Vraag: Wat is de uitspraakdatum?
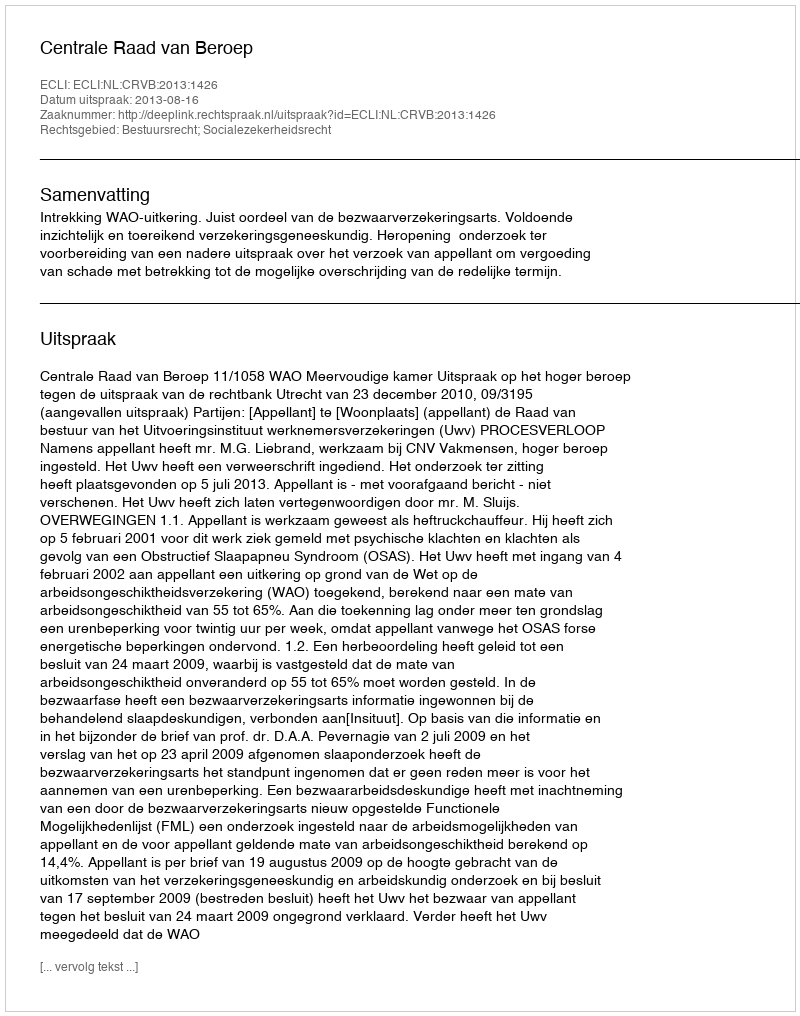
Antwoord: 2013-08-16